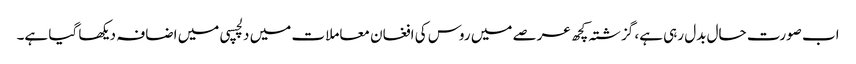
اب صورت حال بدل رہی ہے، گزشتہ کچھ عرصے میں روس کی افغان معاملات میں دلچسپی میں اضافہ دیکھا گیا ہے۔